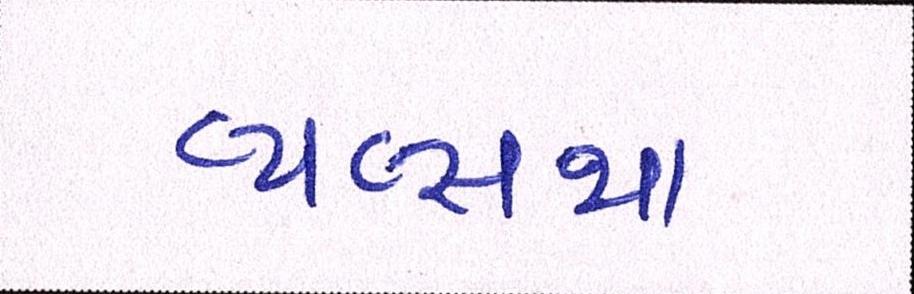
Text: વ્યવ્સથા